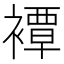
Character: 𧝓